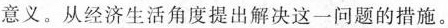
意义。从经济生活角度提出解决这一问题的措施。